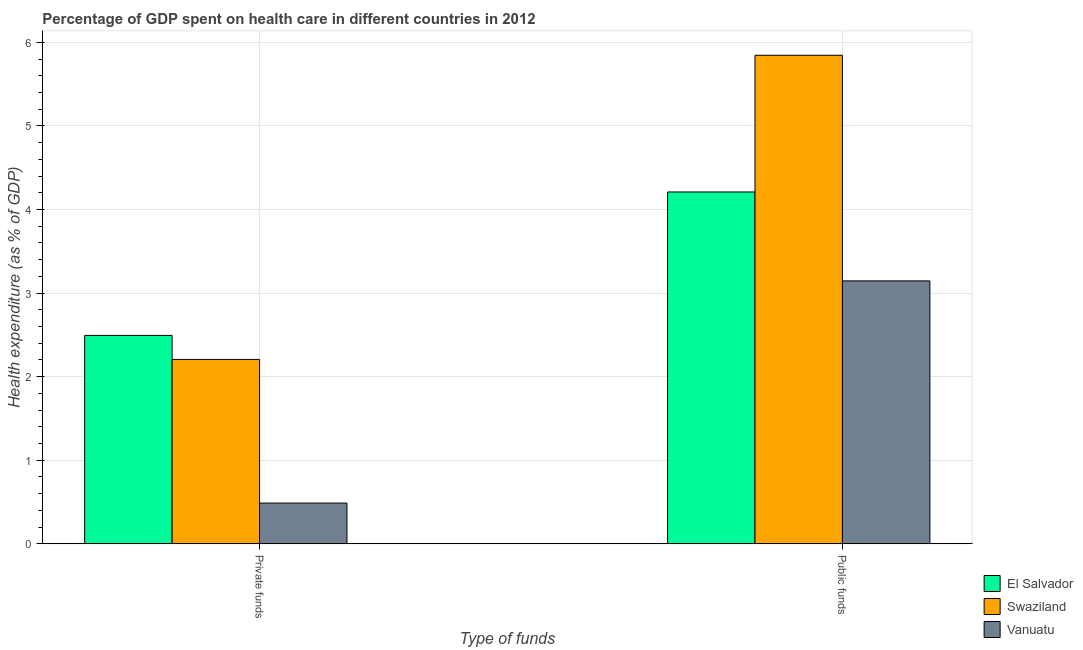
| Type of funds | El Salvador | Swaziland | Vanuatu |
 | --- | --- | --- | --- |
 | Private funds | 2.49 | 2.21 | 0.487 |
 | Public funds | 4.21 | 5.85 | 3.15 |